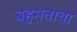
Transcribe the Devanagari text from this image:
बहुमताचा